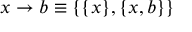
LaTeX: x \rightarrow b \equiv \{ \{ x \} , \{ x , b \} \}